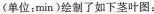
(单位：min)绘制了如下茎叶图：